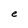
Character: e